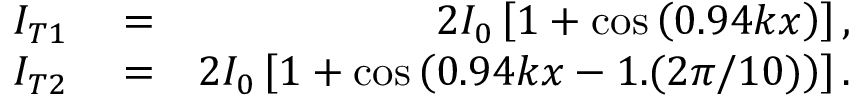
\begin{array} { r l r } { I _ { T 1 } } & { { } = } & { 2 I _ { 0 } \left[ 1 + \cos \left( 0 . 9 4 k x \right) \right] , } \\ { I _ { T 2 } } & { { } = } & { 2 I _ { 0 } \left[ 1 + \cos \left( 0 . 9 4 k x - 1 . ( 2 \pi / 1 0 ) \right) \right] . } \end{array}